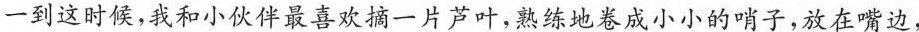
一到这时候，我和小伙伴最喜欢摘一片芦叶，熟练地卷成小小的哨子，放在嘴边，